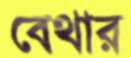
বেথার